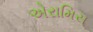
એરામિસ